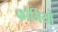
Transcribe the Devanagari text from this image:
फौर्मियों